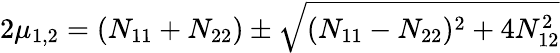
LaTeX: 2\mu_{1,2}=(N_{11}+N_{22})\pm\sqrt{(N_{11}-N_{22})^{2}+4N_{12}^{2}}